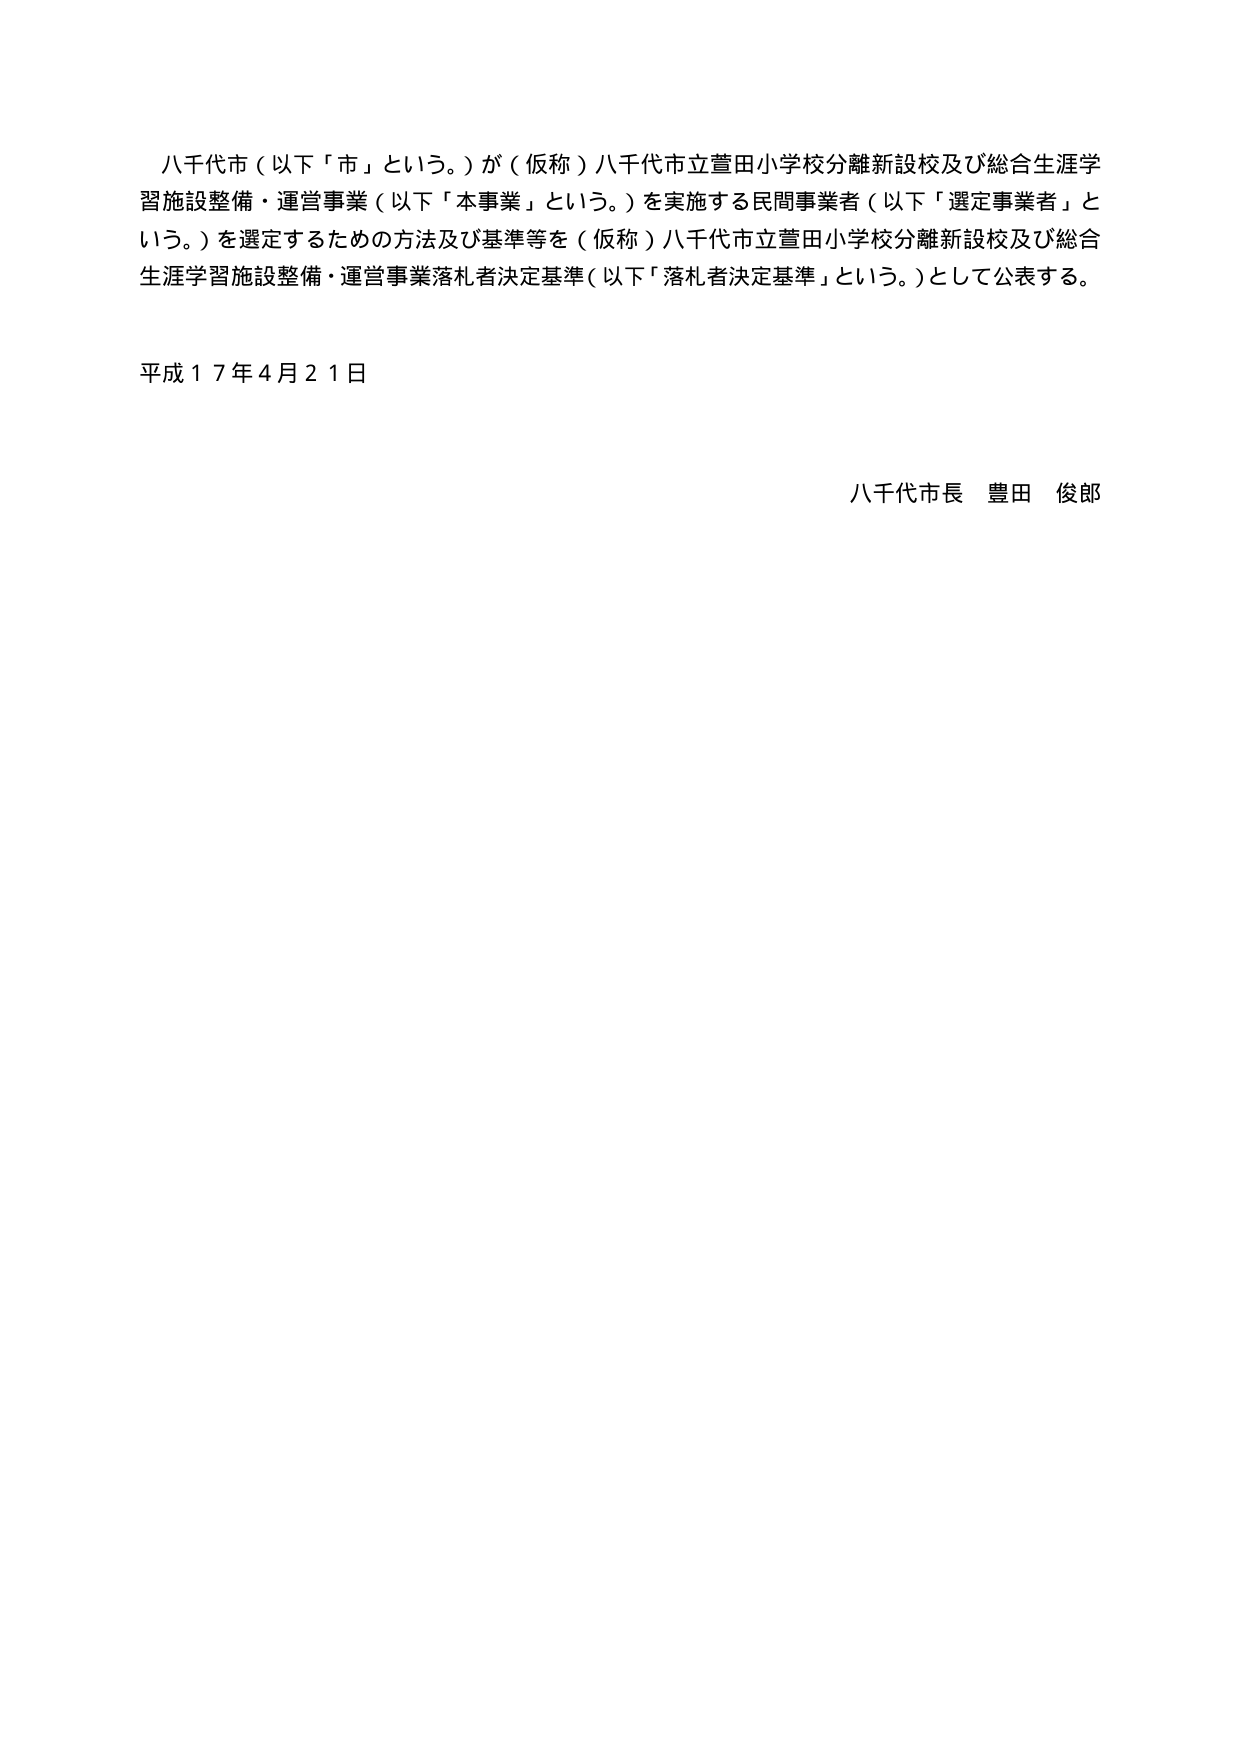
八千代市（以下「市」という。）が（仮称）八千代市立萱田小学校分離新設校及び総合生涯学習施設整備・運営事業（以下「本事業」という。）を実施する民間事業者（以下「選定事業者」という。）を選定するための方法及び基準等を（仮称）八千代市立萱田小学校分離新設校及び総合生涯学習施設整備・運営事業落札者決定基準（以下「落札者決定基準」という。）として公表する。

平成１７年４月２１日

八千代市長 豊田 俊郎